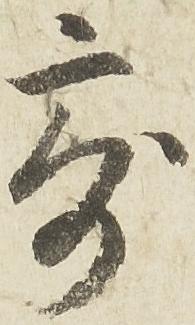
寄